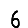
Digit: 6